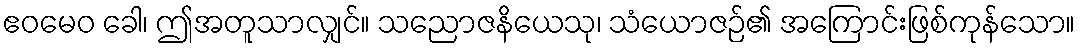
ဧဝမေဝ ခေါ၊ ဤအတူသာလျှင်။ သညောဇနိယေသု၊ သံယောဇဉ်၏ အကြောင်းဖြစ်ကုန်သော။